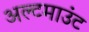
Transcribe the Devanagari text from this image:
अल्टमाउंट